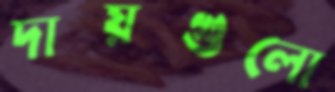
দায়গুলো